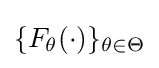
\{F_{\theta }(\cdot )\}_{\theta \in \Theta }